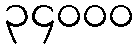
၃၄၀၀၀